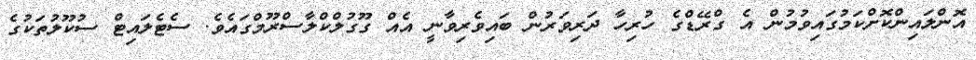
އޮންލައިންކޮށްކަމުގައިވުމުން އެ ގްރޭޑްގެ ހުރިހާ ދަރިވަރުން ބައިވެރިވާނީ އެއް ގޫގުލްކްލާސްރޫމްގައެވެ. ސެޓެލައިޓް ސުކޫލުތަކުގެ